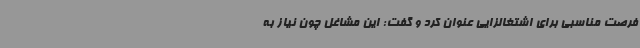
فرصت مناسبی برای اشتغالزایی عنوان کرد و گفت: این مشاغل چون نیاز به